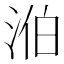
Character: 𣵁